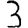
Digit: 3